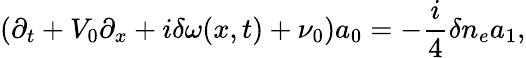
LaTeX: (\partial_{t}+V_{0}\partial_{x}+i\delta\omega(x,t)+\nu_{0})a_{0}=-\frac{i}{4}\delta n_{e}a_{1},